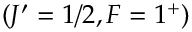
( J ^ { \prime } = 1 / 2 , F = 1 ^ { + } )